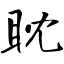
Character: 眈